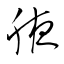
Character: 腋